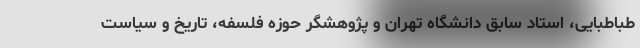
طباطبایی، استاد سابق دانشگاه تهران و پژوهشگر حوزه فلسفه، تاریخ و سیاست